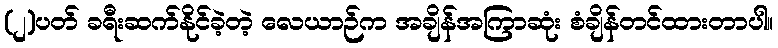
(၂)ပတ် ခရီးဆက်နိုင်ခဲ့တဲ့ လေယာဉ်က အချိန်အကြာဆုံး စံချိန်တင်ထားတာပါ။